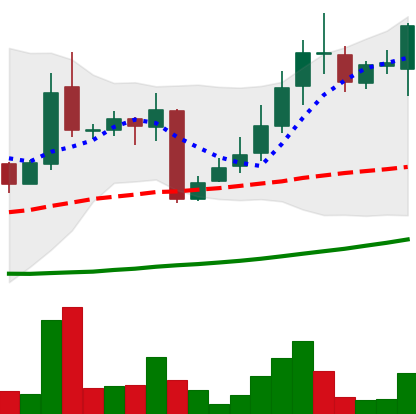
Ticker: LINK-USD
Chart end date: 2018-10-22
Forward return: 13.814%
Label: up_7plus